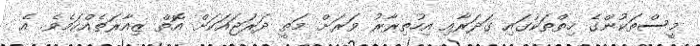
މީސްތަކުންގެ ހިތްތަކުގައި ގަދަރާއި އިހުތިރާރު ވަރަށް މަތީ ދަރަޖައަކަށް އޮތް ޒިއާރަތެއްކަމެވެ. އެ